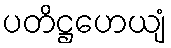
ပတိဋ္ဌဟေယျံ